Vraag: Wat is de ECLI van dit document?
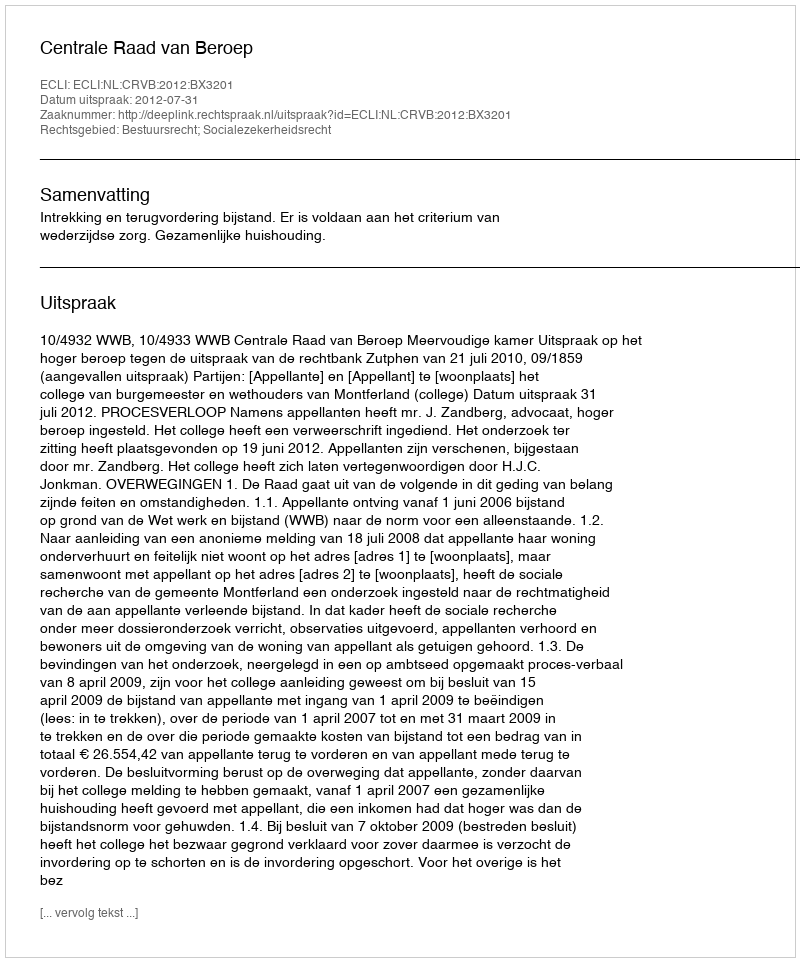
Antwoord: ECLI:NL:CRVB:2012:BX3201